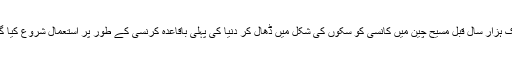
ایک ہزار سال قبل مسیح چین میں کانسی کو سکوں کی شکل میں ڈھال کر دنیا کی پہلی باقاعدہ کرنسی کے طور پر استعمال شروع کیا گیا۔